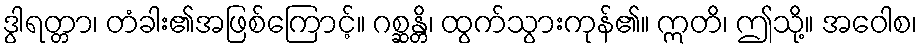
ဒွါရတ္တာ၊ တံခါး၏အဖြစ်ကြောင့်။ ဂစ္ဆန္တိ၊ ထွက်သွားကုန်၏။ ဣတိ၊ ဤသို့။ အဝေါစ၊